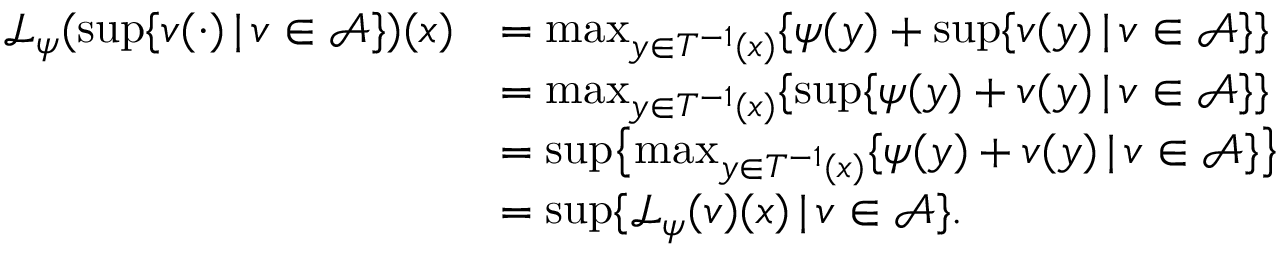
\begin{array} { r l } { \mathcal { L } _ { \psi } ( \operatorname* { s u p } \{ v ( \cdot ) \, | \, v \in \mathcal { A } \} ) ( x ) } & { = \operatorname* { m a x } _ { y \in T ^ { - 1 } ( x ) } \{ \psi ( y ) + \operatorname* { s u p } \{ v ( y ) \, | \, v \in \mathcal { A } \} \} } \\ & { = \operatorname* { m a x } _ { y \in T ^ { - 1 } ( x ) } \{ \operatorname* { s u p } \{ \psi ( y ) + v ( y ) \, | \, v \in \mathcal { A } \} \} } \\ & { = \operatorname* { s u p } \bigl \{ \operatorname* { m a x } _ { y \in T ^ { - 1 } ( x ) } \{ \psi ( y ) + v ( y ) \, | \, v \in \mathcal { A } \} \bigr \} } \\ & { = \operatorname* { s u p } \{ \mathcal { L } _ { \psi } ( v ) ( x ) \, | \, v \in \mathcal { A } \} . } \end{array}